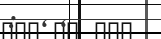
: